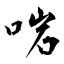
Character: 啱